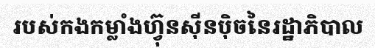
របស់កងកម្លាំងហ្វ៊ុនស៊ីនប៉ិចនៃរដ្ឋាភិបាល